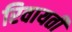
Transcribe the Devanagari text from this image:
रिवायती